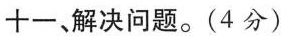
十一、解决问题（4分）